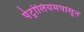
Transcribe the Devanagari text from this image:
पेट्रोलियमपासून